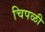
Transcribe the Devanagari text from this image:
चिपळी